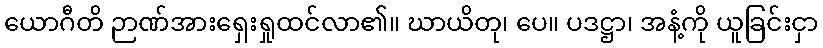
ယောဂီတိ ဉာဏ်အားရှေးရှုထင်လာ၏။ ဃာယိတု၊ ပေ။ ပဒဋ္ဌာ၊ အနံ့ကို ယူခြင်းငှာ